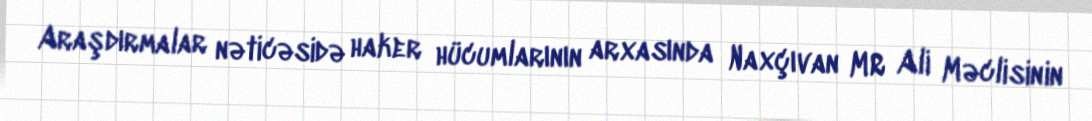
Araşdırmalar nəticəsidə haker hücumlarının arxasında Naxçıvan MR Ali Məclisinin